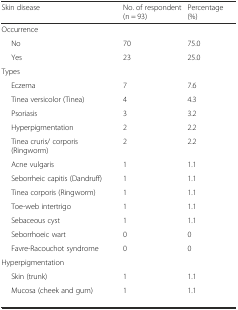
<table><thead><tr><td><b>Skin disease</b></td><td><b>No. of respondent (n = 93)</b></td><td><b>Percentage (%)</b></td></tr></thead><tbody><tr><td>Occurrence</td><td></td><td></td></tr><tr><td>No</td><td>70</td><td>75.0</td></tr><tr><td>Yes</td><td>23</td><td>25.0</td></tr><tr><td>Types</td><td></td><td></td></tr><tr><td>Eczema</td><td>7</td><td>7.6</td></tr><tr><td>Tinea versicolor (Tinea)</td><td>4</td><td>4.3</td></tr><tr><td>Psoriasis</td><td>3</td><td>3.2</td></tr><tr><td>Hyperpigmentation</td><td>2</td><td>2.2</td></tr><tr><td>Tinea cruris/ corporis (Ringworm)</td><td>2</td><td>2.2</td></tr><tr><td>Acne vulgaris</td><td>1</td><td>1.1</td></tr><tr><td>Seborrheic capitis (Dandruff)</td><td>1</td><td>1.1</td></tr><tr><td>Tinea corporis (Ringworm)</td><td>1</td><td>1.1</td></tr><tr><td>Toe-web intertrigo</td><td>1</td><td>1.1</td></tr><tr><td>Sebaceous cyst</td><td>1</td><td>1.1</td></tr><tr><td>Seborrhoeic wart</td><td>0</td><td>0</td></tr><tr><td>Favre-Racouchot syndrome</td><td>0</td><td>0</td></tr><tr><td>Hyperpigmentation</td><td></td><td></td></tr><tr><td>Skin (trunk)</td><td>1</td><td>1.1</td></tr><tr><td>Mucosa (cheek and gum)</td><td>1</td><td>1.1</td></tr></tbody></table>